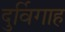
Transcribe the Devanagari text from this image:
दुर्विगाह